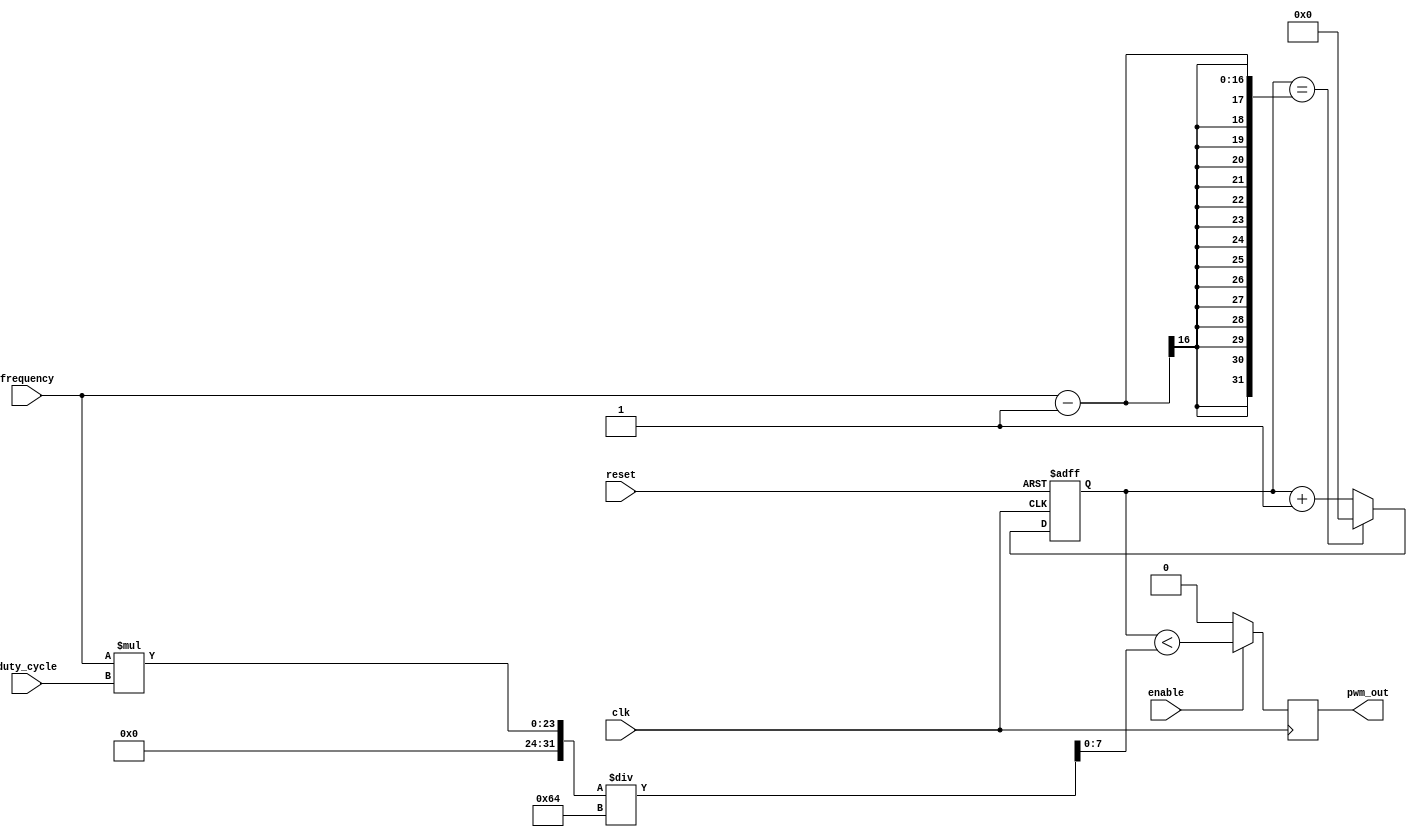
module PWM_generator (
    input clk,
    input enable,
    input reset,
    input [7:0] duty_cycle,
    input [15:0] frequency,
    output reg pwm_out
);

reg [15:0] counter;
reg [7:0] threshold;

always @(posedge clk or posedge reset)
    if (reset)
        counter <= 16'h0;
    else if (counter == frequency - 1)
        counter <= 16'h0;
    else
        counter <= counter + 1;

always @*
    threshold = frequency * duty_cycle / 100;

always @(posedge clk)
    if (enable)
        pwm_out <= counter < threshold;
    else
        pwm_out <= 1'b0;

endmodule